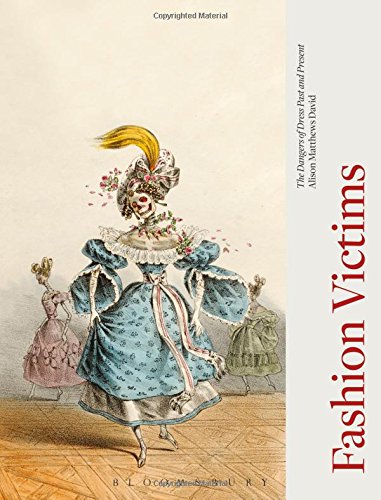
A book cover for Fashion Victims: The Dangers of Dress Past and Present; Alison Matthews David; Arts & Photography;